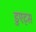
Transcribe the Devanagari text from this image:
डुएट्स